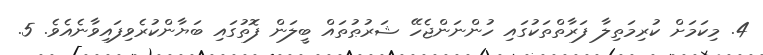
4. މިކަމަށް ކުރިމަތިލާ ފަރާތްތަކުގައި ހުންނަންޖެހޭ ޝަރުޠުތައް ބީލަން ފޮތުގައި ބަޔާންކުރެވިފައިވާނެއެވެ. 5.